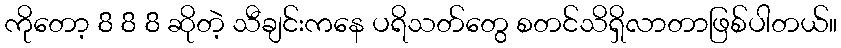
ကိုတော့ 8 8 8 ဆိုတဲ့ သီချင်းကနေ ပရိသတ်တွေ စတင်သိရှိလာတာဖြစ်ပါတယ်။